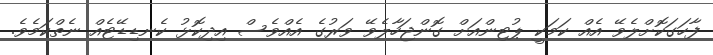
ފާހަގަކޮށްލެވޭ އެއް ކަމަކީ ޕުޓިންއަށް ގޮންޖަހާލެވޭ ވަރުގެ އެއްވެސް އިދިކޮޅު ކެނޑިޑޭޓެއް ނެތްކަމެވެ.